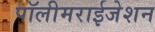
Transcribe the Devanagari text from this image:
पॉलीमराईजेशन